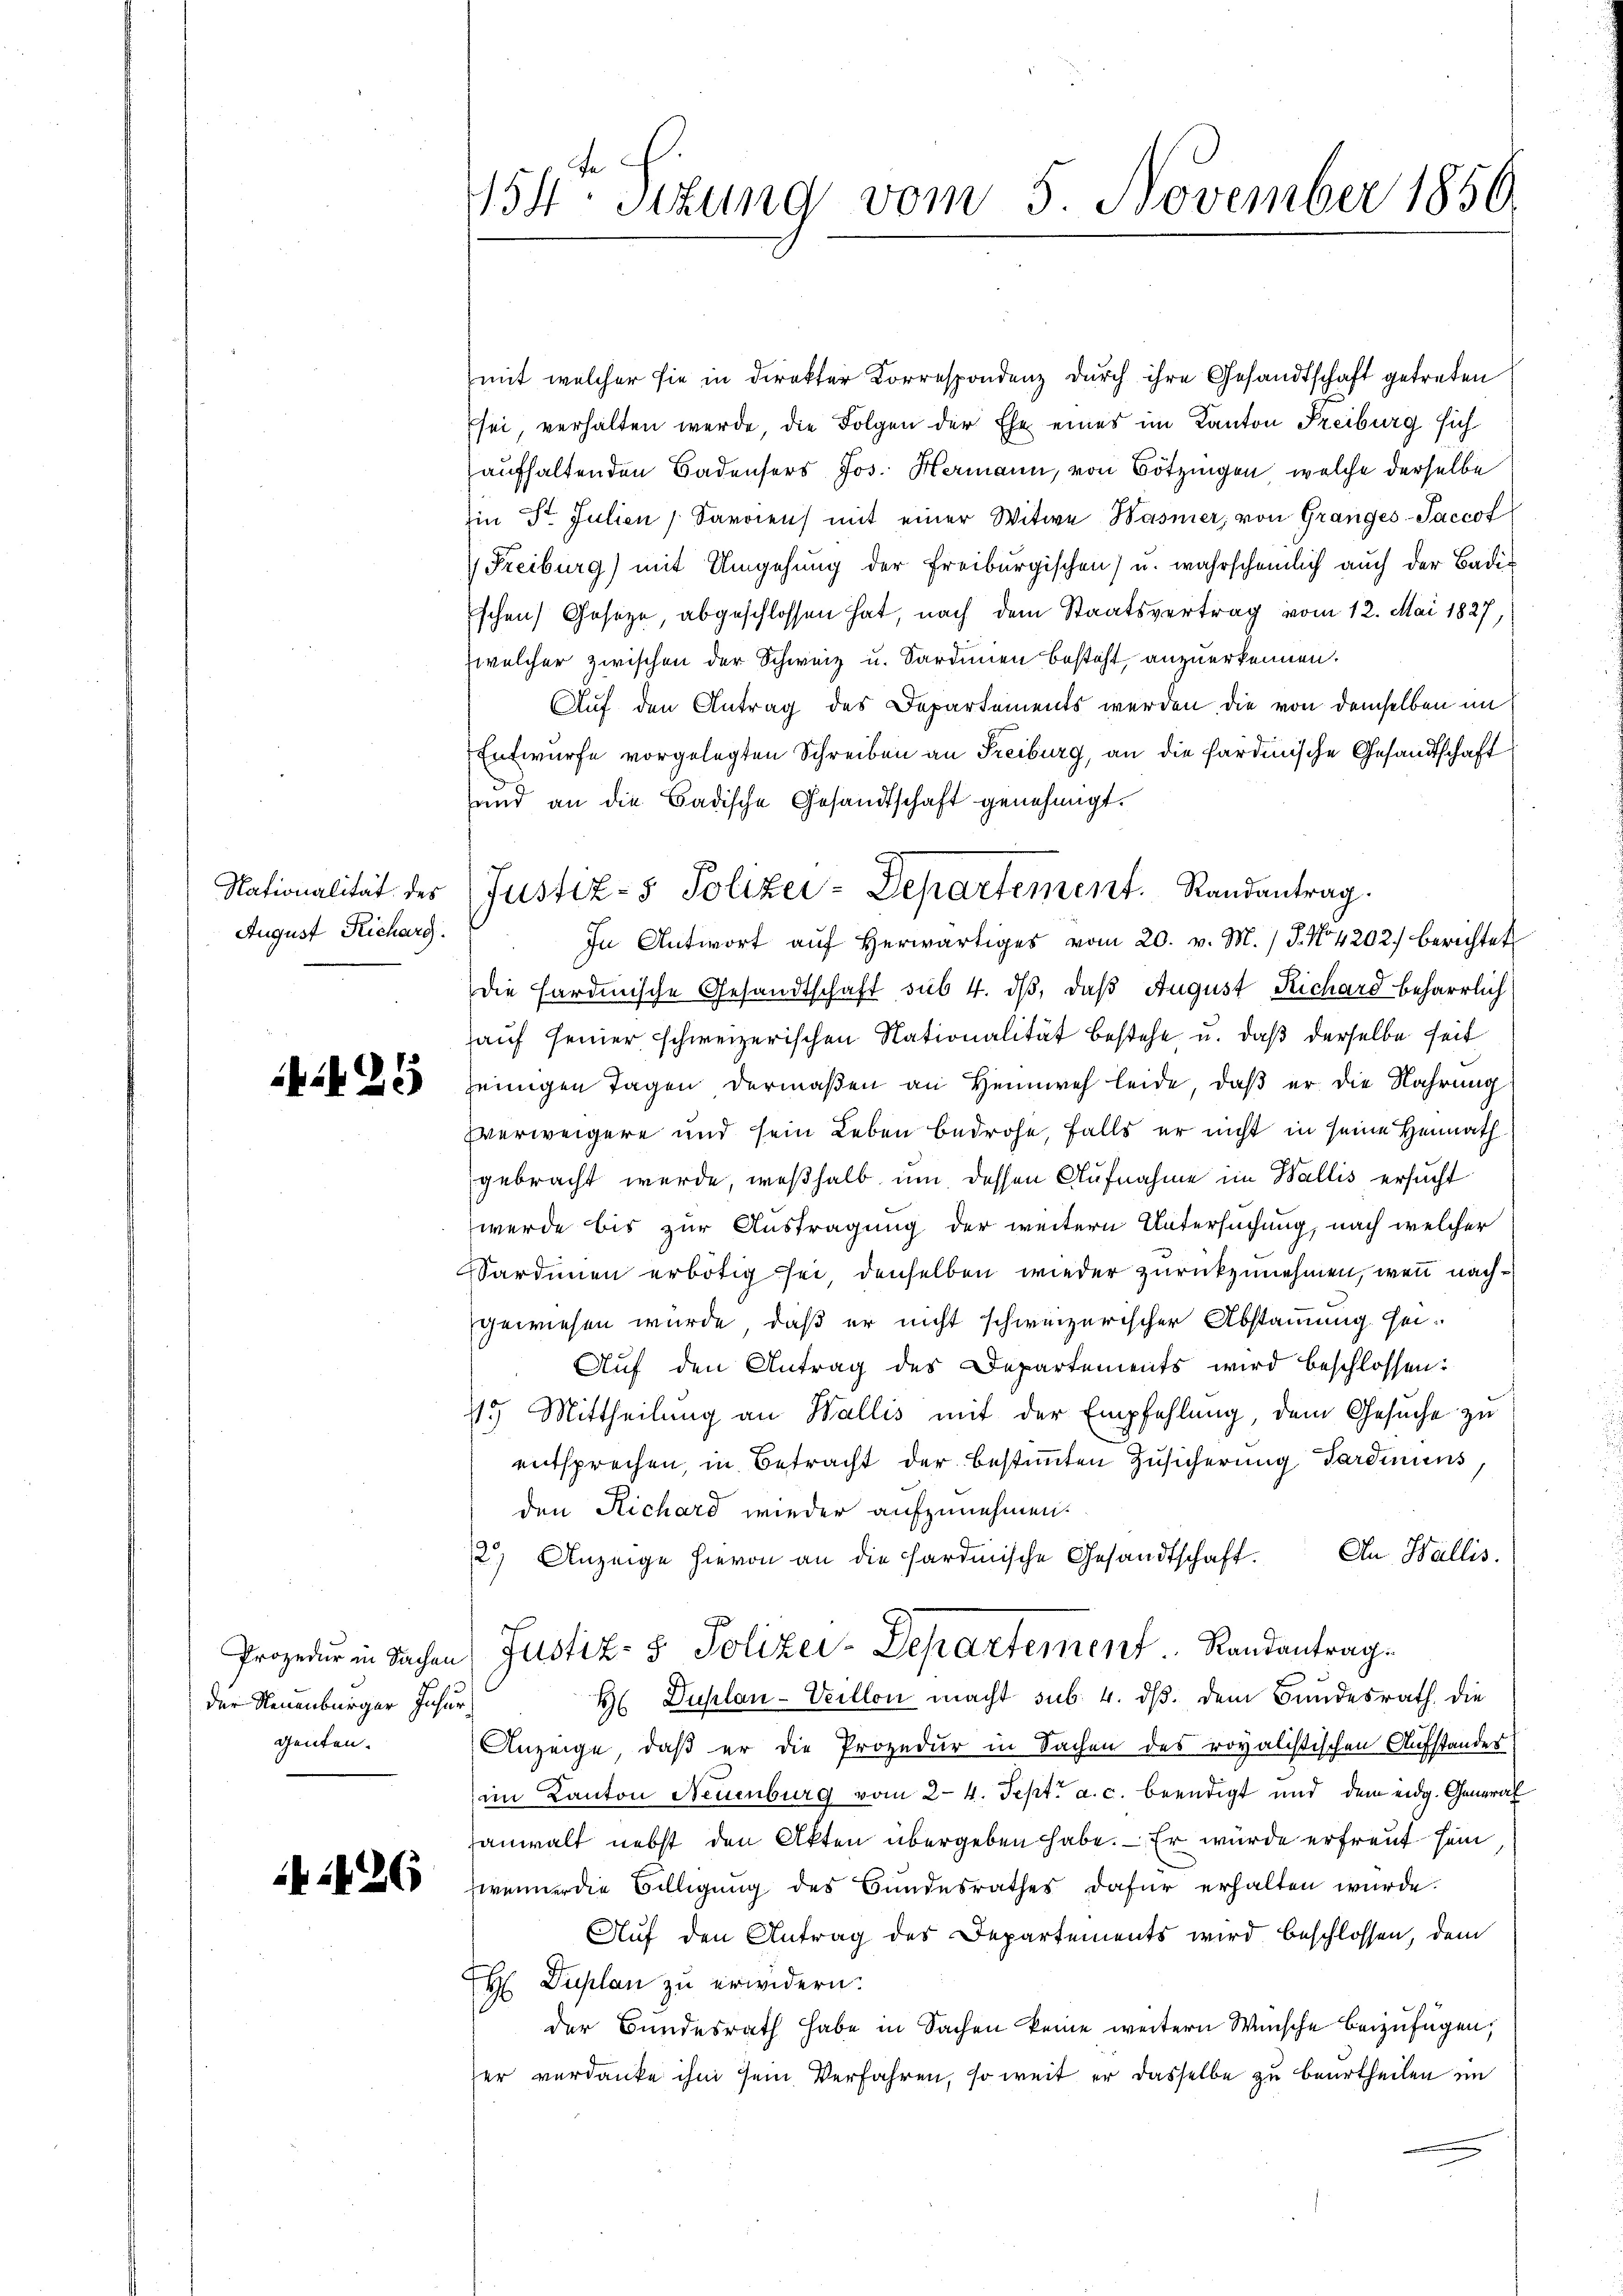
August Richarg

21

der Neuenburger Insur
genten.

1426

te.
454. Sitzung vom 5. November 1856

mit welcher sie in direkter Korrespondenz durch ihre Gesandtschaft getreten
sei verhalten werde, die Folgen der Ehe eines im Kanton Freiburg sich
aufhaltenden Badensers Jos. Hermann, von Bötzingen, welche derselbe
in St. Julien Savoien) mit einer Witwe Wasner, von Granges-Saccot
 Freiburg) mit Umgehung der Freiburgischen) u. wahrscheinlich auch der Badi-
schen Gesetze, abgeschlossen hat, nach dem Staatsvertrag vom 12. Mai 1827,
welcher zwischen der Schweiz u. Sardinien besteht, anzuerkennen.
Auf den Antrag des Departements werden die von demselben im
Entwurfe vorgelegten Schreiben an Freiburg, an die sardinische Gesandtschaft
and an die Badische Gesandtschaft genehmigt.
Nationalität des (Justiz- & Polizei-Departement. Randantrag.
In Antwort aŭf herwärtiges vom 20. v. M. / 5. No. 4202. berichtet
Die Fardinische Gesandtschaft sub 4. dß, daß August Richard beharrlich
auf seiner schweizerischen Nationalität bestehe u. daß derselbe seit
jeinigen Tagen dermaßen an Heimweh leide, daß er die Nahrung
Everweigere und sein Leben bedrohe, falls er nicht in seine Heimath
gebracht werde, weßhalb um dessen Aufnahme im Wallis ersucht
werde bis zur Austragung der weitern Untersuchung, nach welcher
Sardinen erbötig sei, denselben wieder zurückzunehmen, wenn nach
gewiesen wurde, daß er nicht schweizerischer Abstammung sei.
Auf den Antrag des Departements wird beschlossen:
15 Mittheilung an Wallis mit der Empfehlung, dem Gesuche zu
entsprechen, in Betracht der bestimmten Zusicherung Pardiniens,
den Richard wieder aufzunehmen.
2) Anzeige hievon an die fardische Gesandtschaft. An Wallis.
Prozedur in Sachen Justiz- & Polizei-Departement. Randantrag.
H Duplan-Veillon macht sub. 4. dβ. dem Bundesrath, die
Anzeige, daß er die Prozedur in Sachen des royalistischen Aufstandes
im Kanton Neuenburg vom 24. Sept. a. c. beendigt und dem eidg. General
sanwalt nebst den Akten übergeben habe. — Er wurde erfreut sein
weiner die Billigung des Bundesrathes dafür erhalten wurde.
Auf den Antrag des Departements wird beschlossen, dem
H Duplan zu erwidern.
der Bundesrath habe in Sachen keine weitern Wünsche beizufügen,
zer verdanke ihm sein Verfahren, so weit er dasselbe zu beurtheilen im